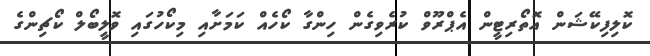
ކޮލިފިކޭޝަން އޮތޯރިޓީން އެޕްރޫވް ކުރެވިގެން ހިންގާ ކޯހެއް ކަމަށާއި މިކޯހުގައި ވޮލީބޯލް ކޯޗިންގެ